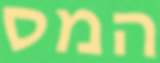
המס